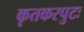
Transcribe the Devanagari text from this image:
कृतकरपुटः